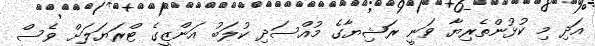
އަދި މި ކުޅުންތެރިޔާ ވަނީ ރަޝިޔާގެ މުއްސަދި ކުލަބު އަންޒީގެ ޓްރަޔަލަށް ވެސް